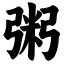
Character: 粥